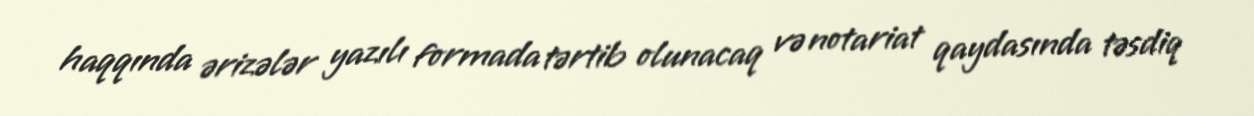
haqqında ərizələr yazılı formada tərtib olunacaq və notariat qaydasında təsdiq